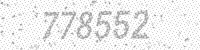
Solution: 778552